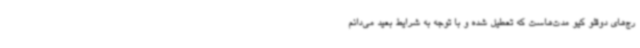
رج‌های دوقلو کیو مدت‌هاست که تعطیل شده و با توجه به شرایط بعید می‌دانم